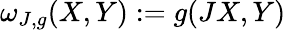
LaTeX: \omega_{J,g}(X,Y):=g(JX,Y)